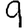
Digit: 9